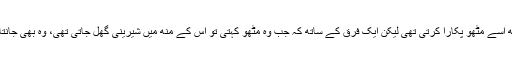
وہ خود بھی اس کے اصل نام کے ساتھ ساتھ اسے مٹھو پکارا کرتی تھی لیکن ایک فرق کے ساتھ کہ جب وہ مٹھو کہتی تو اس کے مُنھ میں شیرینی گھل جاتی تھی، وہ بھی جانتا تھا لہٰذا اس نے کبھی ماں کا برا نہیں منایا۔